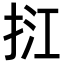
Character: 𢬥